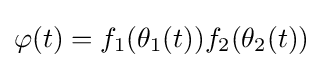
\varphi (t)=f_{1}(\theta _{1}(t))f_{2}(\theta _{2}(t))